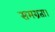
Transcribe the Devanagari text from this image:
समग्रता।